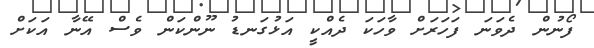
ފޯނުން ދެވަނަ ފަހަރަށް ވާހަކަ ދެއްކީ އަޅުގަނޑު ނޫންކަން ވެސް އޭނާ އަކަށް